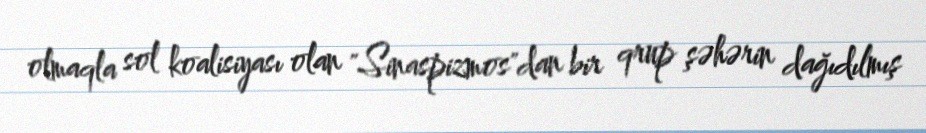
olmaqla sol koalisiyası olan "Sinaspizmos"dan bir qrup şəhərin dağıdılmış